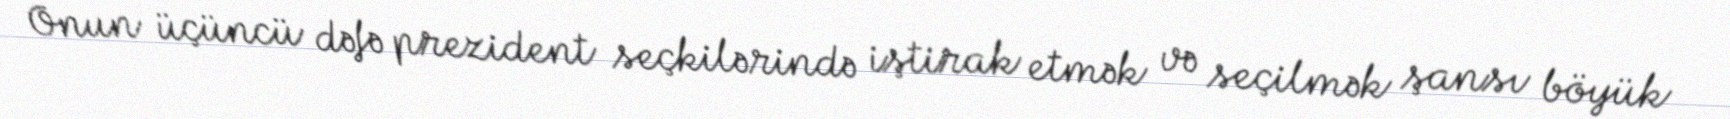
Onun üçüncü dəfə prezident seçkilərində iştirak etmək və seçilmək şansı böyük